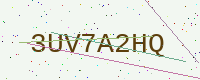
Text: 3UV7A2HQ